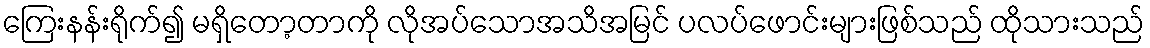
ကြေးနန်းရိုက်၍ မရှိတော့တာကို လိုအပ်သောအသိအမြင် ပလပ်ဖောင်းများဖြစ်သည် ထိုသားသည်